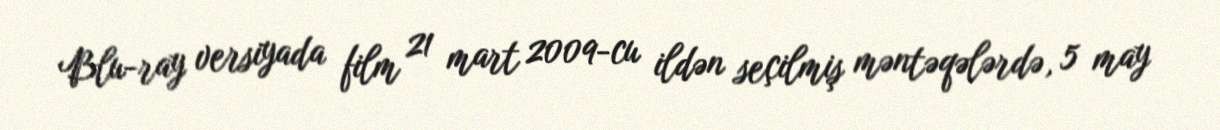
Blu-ray versiyada film 21 mart 2009-cu ildən seçilmiş məntəqələrdə, 5 may